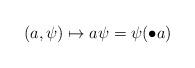
LaTeX: \begin{align*} (a,\psi) \mapsto a\psi = \psi(\bullet a)\end{align*}